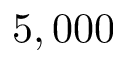
5 , 0 0 0